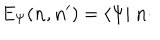
E _ { \Psi } ( { \bf n } , { \bf n } ^ { \prime } ) = \langle \Psi | \ { \bf n } \cdot